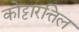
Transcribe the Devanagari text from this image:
कोट्टारत्तिल